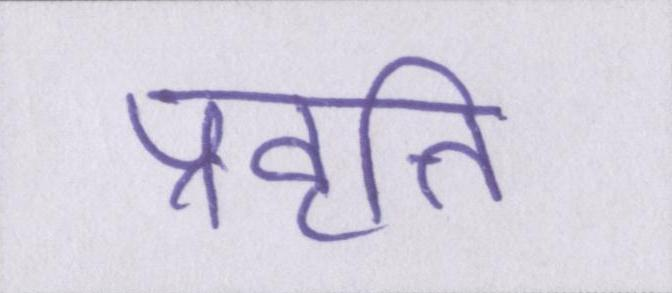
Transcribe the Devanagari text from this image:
प्रवृत्ति